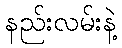
နည်းလမ်းနဲ့